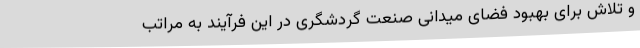
و تلاش برای بهبود فضای میدانی صنعت گردشگری در این فرآیند به مراتب